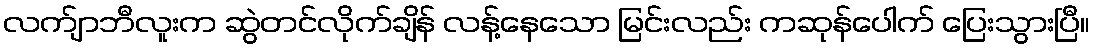
လက်ျာဘီလူးက ဆွဲတင်လိုက်ချိန် လန့်နေသော မြင်းလည်း ကဆုန်ပေါက် ပြေးသွားပြီ။